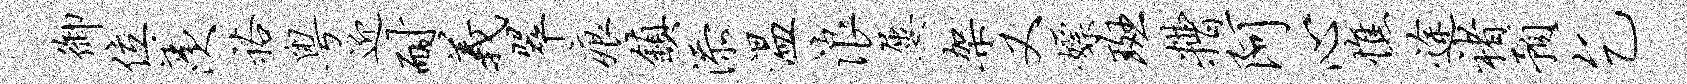
御位羡裕粤迎耐义翠痕镇添温浪屡架又嫖斑糟阿心憔途褚预乞